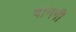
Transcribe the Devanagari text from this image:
वानगी